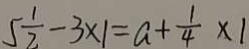
5 \frac { 1 } { 2 } - 3 \times 1 = a + \frac { 1 } { 4 } \times 1